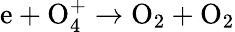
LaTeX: \mathrm e+\mathrm O_{4}^{+}\to\mathrm O_{2}+\mathrm O_{2}